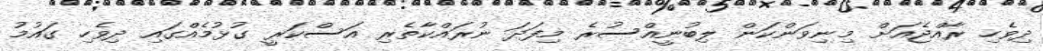
ދިވެހި ރާއްޖެއަށް މިނިވަންކަން ލިބުނީއްސުރެ މިފަދަ ނުރައްކާތެރި އަސްކަރީ ގުޅުމެއްގައި ދިވެހި ގައުމު